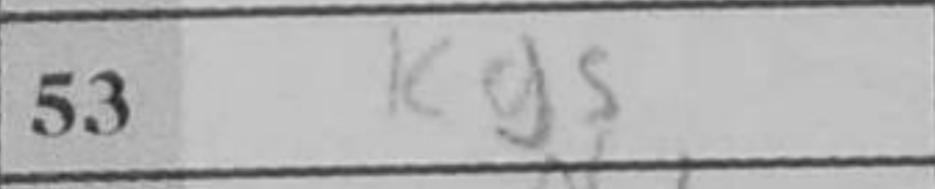
Transcription: Kg5